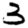
Digit: 3